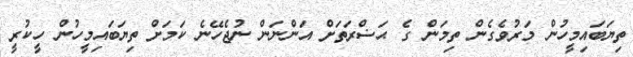
ތިޔަބައިމީހުން މަރުވެގެން ތިމަން ގެ ޙަޟްރަތަށް އަންނަން ނުޖެހޭނެ ކަމަށް ތިޔަބައިމީހުން ހީކުރީ